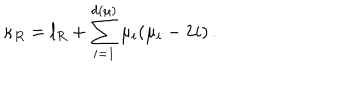
\kappa _ { R } = l _ { R } + \sum _ { i = 1 } ^ { d ( \mu ) } \mu _ { i } ( \mu _ { i } - 2 i ) \, .